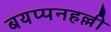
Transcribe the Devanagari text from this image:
बयप्पनहल्ली